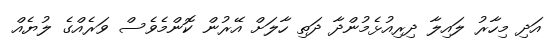
އަދި މިހާރު ލައިލާ ދިރިއުޅެމުންދާ ދަތި ހާލަށް އޭރުން ކޮންމެވެސް ވަރެއްގެ ލުޔެއް